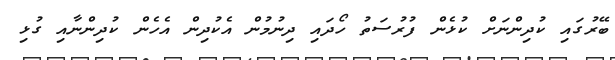
ބޭރުގައި ކުދިންނަށް ކުޅެން ފުރުސަތު ހޯދައި ދިނުމުން އެކުދިން އެހެން ކުދިންނާއި ގުޅި